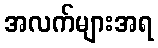
အလက်များအရ